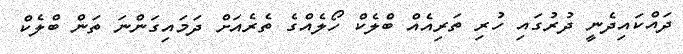
ދައްކައިދެނީ ދުރުގައި ހުރި ތަރިއެއް ބްލެކް ހޯލެއްގެ ތެރެއަށް ދަމައިގަންނަ ތަން ބްލެކް